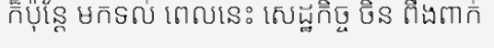
ក៏ប៉ុន្តែ មកទល់ ពេលនេះ សេដ្ឋកិច្ច ចិន ពឹងពាក់